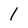
Character: 1